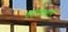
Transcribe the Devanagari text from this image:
पीटीएचआरपी